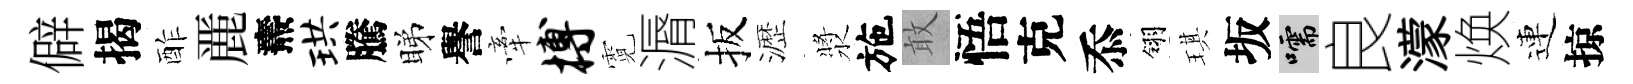
僻揭酢䴡燾珙騰睇譽牽搏霓漘扳瀝漿施敢悟克忝翎琪坂嚅良濛焕連掠